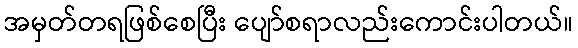
အမှတ်တရဖြစ်စေပြီး ပျော်စရာလည်းကောင်းပါတယ်။